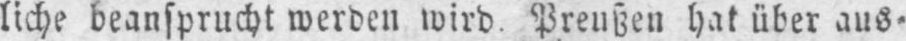
liche beansprucht werden wird. Preußen hat über aus⸗